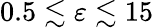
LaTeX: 0.5\lesssim\varepsilon\lesssim 15